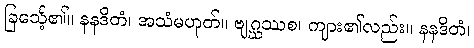
ခြင်္သေ့၏။ နနဒိတံ၊ အသံမဟုတ်။ ဗျဂ္ဃဿစ၊ ကျား၏လည်း။ နနဒိတံ၊